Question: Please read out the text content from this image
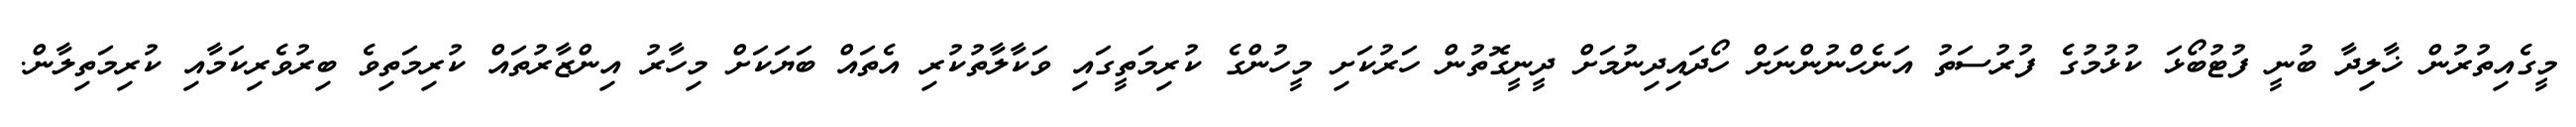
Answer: މީގެއިތުރުން ޚާލިދާ ބުނީ ފުޓުބޯޅަ ކުޅުމުގެ ފުރުސަތު އަނެހްނުންނަށް ހޯދައިދިނުމަށް ދީނީގޮތުން ހަރުކަށި މީހުންގެ ކުރިމަތީގައި ވަކާލާތުކުރި އެތައް ބަޔަކަށް މިހާރު އިންޒާރުތައް ކުރިމަތިވެ ބިރުވެރިކަމާއި ކުރިމަތިލާން.